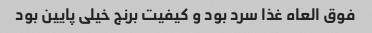
فوق العاه غذا سرد بود و کیفیت برنج خیلی پایین بود